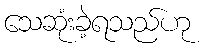
သေဆုံးခဲ့ရသည်ဟု